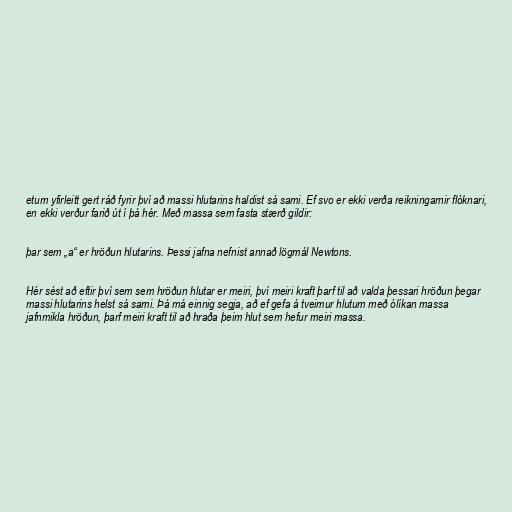
etum yfirleitt gert ráð fyrir því að massi hlutarins haldist sá sami. Ef svo er ekki verða reikningarnir flóknari,
en ekki verður farið út í þá hér. Með massa sem fasta stærð gildir:

þar sem „a“ er hröðun hlutarins. Þessi jafna nefnist annað lögmál Newtons.

Hér sést að eftir því sem sem hröðun hlutar er meiri, því meiri kraft þarf til að valda þessari hröðun þegar
massi hlutarins helst sá sami. Þá má einnig segja, að ef gefa á tveimur hlutum með ólíkan massa
jafnmikla hröðun, þarf meiri kraft til að hraða þeim hlut sem hefur meiri massa.